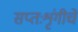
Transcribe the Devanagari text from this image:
सप्तःशृंगीचे